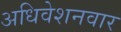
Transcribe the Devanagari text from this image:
अधिवेशनवार